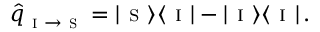
\hat { q } _ { \textsc { i } \to \textsc { s } } = | \textsc { s } \rangle \langle \textsc { i } | - | \textsc { i } \rangle \langle \textsc { i } | \, .